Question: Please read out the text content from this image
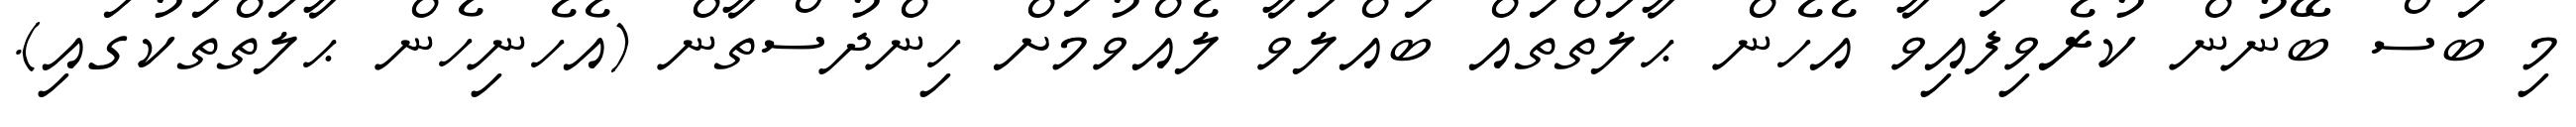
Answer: މި ބަސް ބޭނުން ކުރެވިފައިވާ އެހެން ޙާލަތްތައް ބައްލަވާ ލެއްވުމަށް ހިންދުސްތާން (އެހެނިހެން ޙާލަތްތަކުގައި).